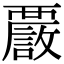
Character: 𧠂